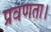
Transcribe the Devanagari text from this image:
प्रवणता।